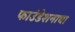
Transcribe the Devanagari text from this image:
फाउंडेशनाचा